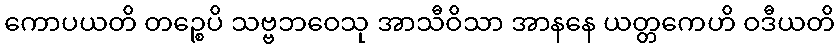
ကောပယတိ တဉ္စေပိ သဗ္ဗဘဝေသု အာသီဝိသာ အာနနေ ယတ္တကေဟိ ဝဒီယတိ